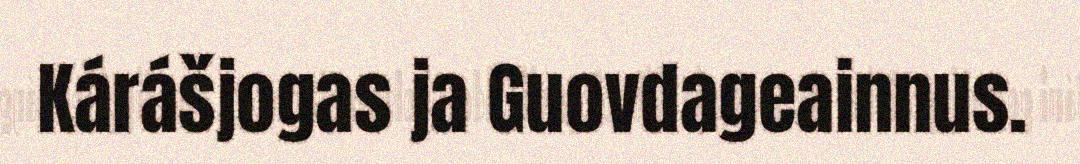
Kárášjogas ja Guovdageainnus.